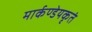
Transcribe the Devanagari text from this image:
मार्कण्डेयकृतं